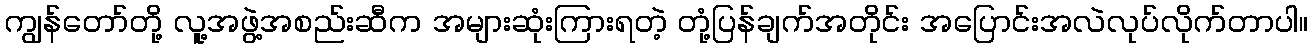
ကျွန်တော်တို့ လူ့အဖွဲ့အစည်းဆီက အများဆုံးကြားရတဲ့ တုံ့ပြန်ချက်အတိုင်း အပြောင်းအလဲလုပ်လိုက်တာပါ။